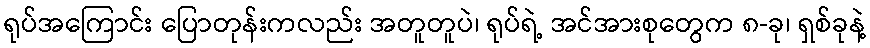
ရုပ်အကြောင်း ပြောတုန်းကလည်း အတူတူပဲ၊ ရုပ်ရဲ့ အင်အားစုတွေက ၈-ခု၊ ရှစ်ခုနဲ့